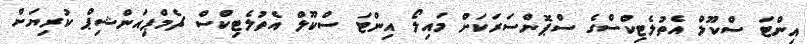
އިންޓަ ސްކޫލް އެތުލެޓިކްސްގެ ސްޕޮންސަރަކަށް މައިލޯ އިންޓަ ސްކޫލް އެތުލެޓިކްސް ޗެމްޕިއަންޝިޕް ކުރިޔަށް